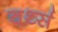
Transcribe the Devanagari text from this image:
वर्थ्स